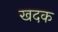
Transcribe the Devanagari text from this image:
खदक